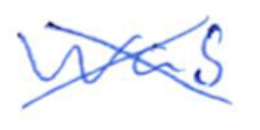
Text: was
Cross-out: cross
Writing tool: ballpoint